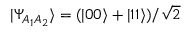
\vert \Psi _ { A _ { 1 } A _ { 2 } } \rangle = ( \vert 0 0 \rangle + \vert 1 1 \rangle ) / \sqrt { 2 }